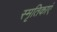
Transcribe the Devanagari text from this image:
स्मृतिकाएं